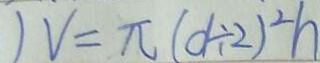
) V = \pi ( d \div 2 ) ^ { 2 } h